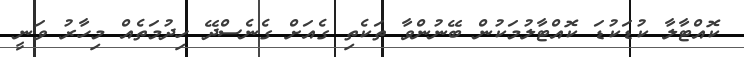
ކޮއްޓާލާ ކުޑަކުޑަ ކޮއްޓާލުމަކުން ބޭނުންވާ ތަކެތި ގެއަށް ގެނެސްދޭ ހިދުމަތެއް މިހާރު ވަނީ